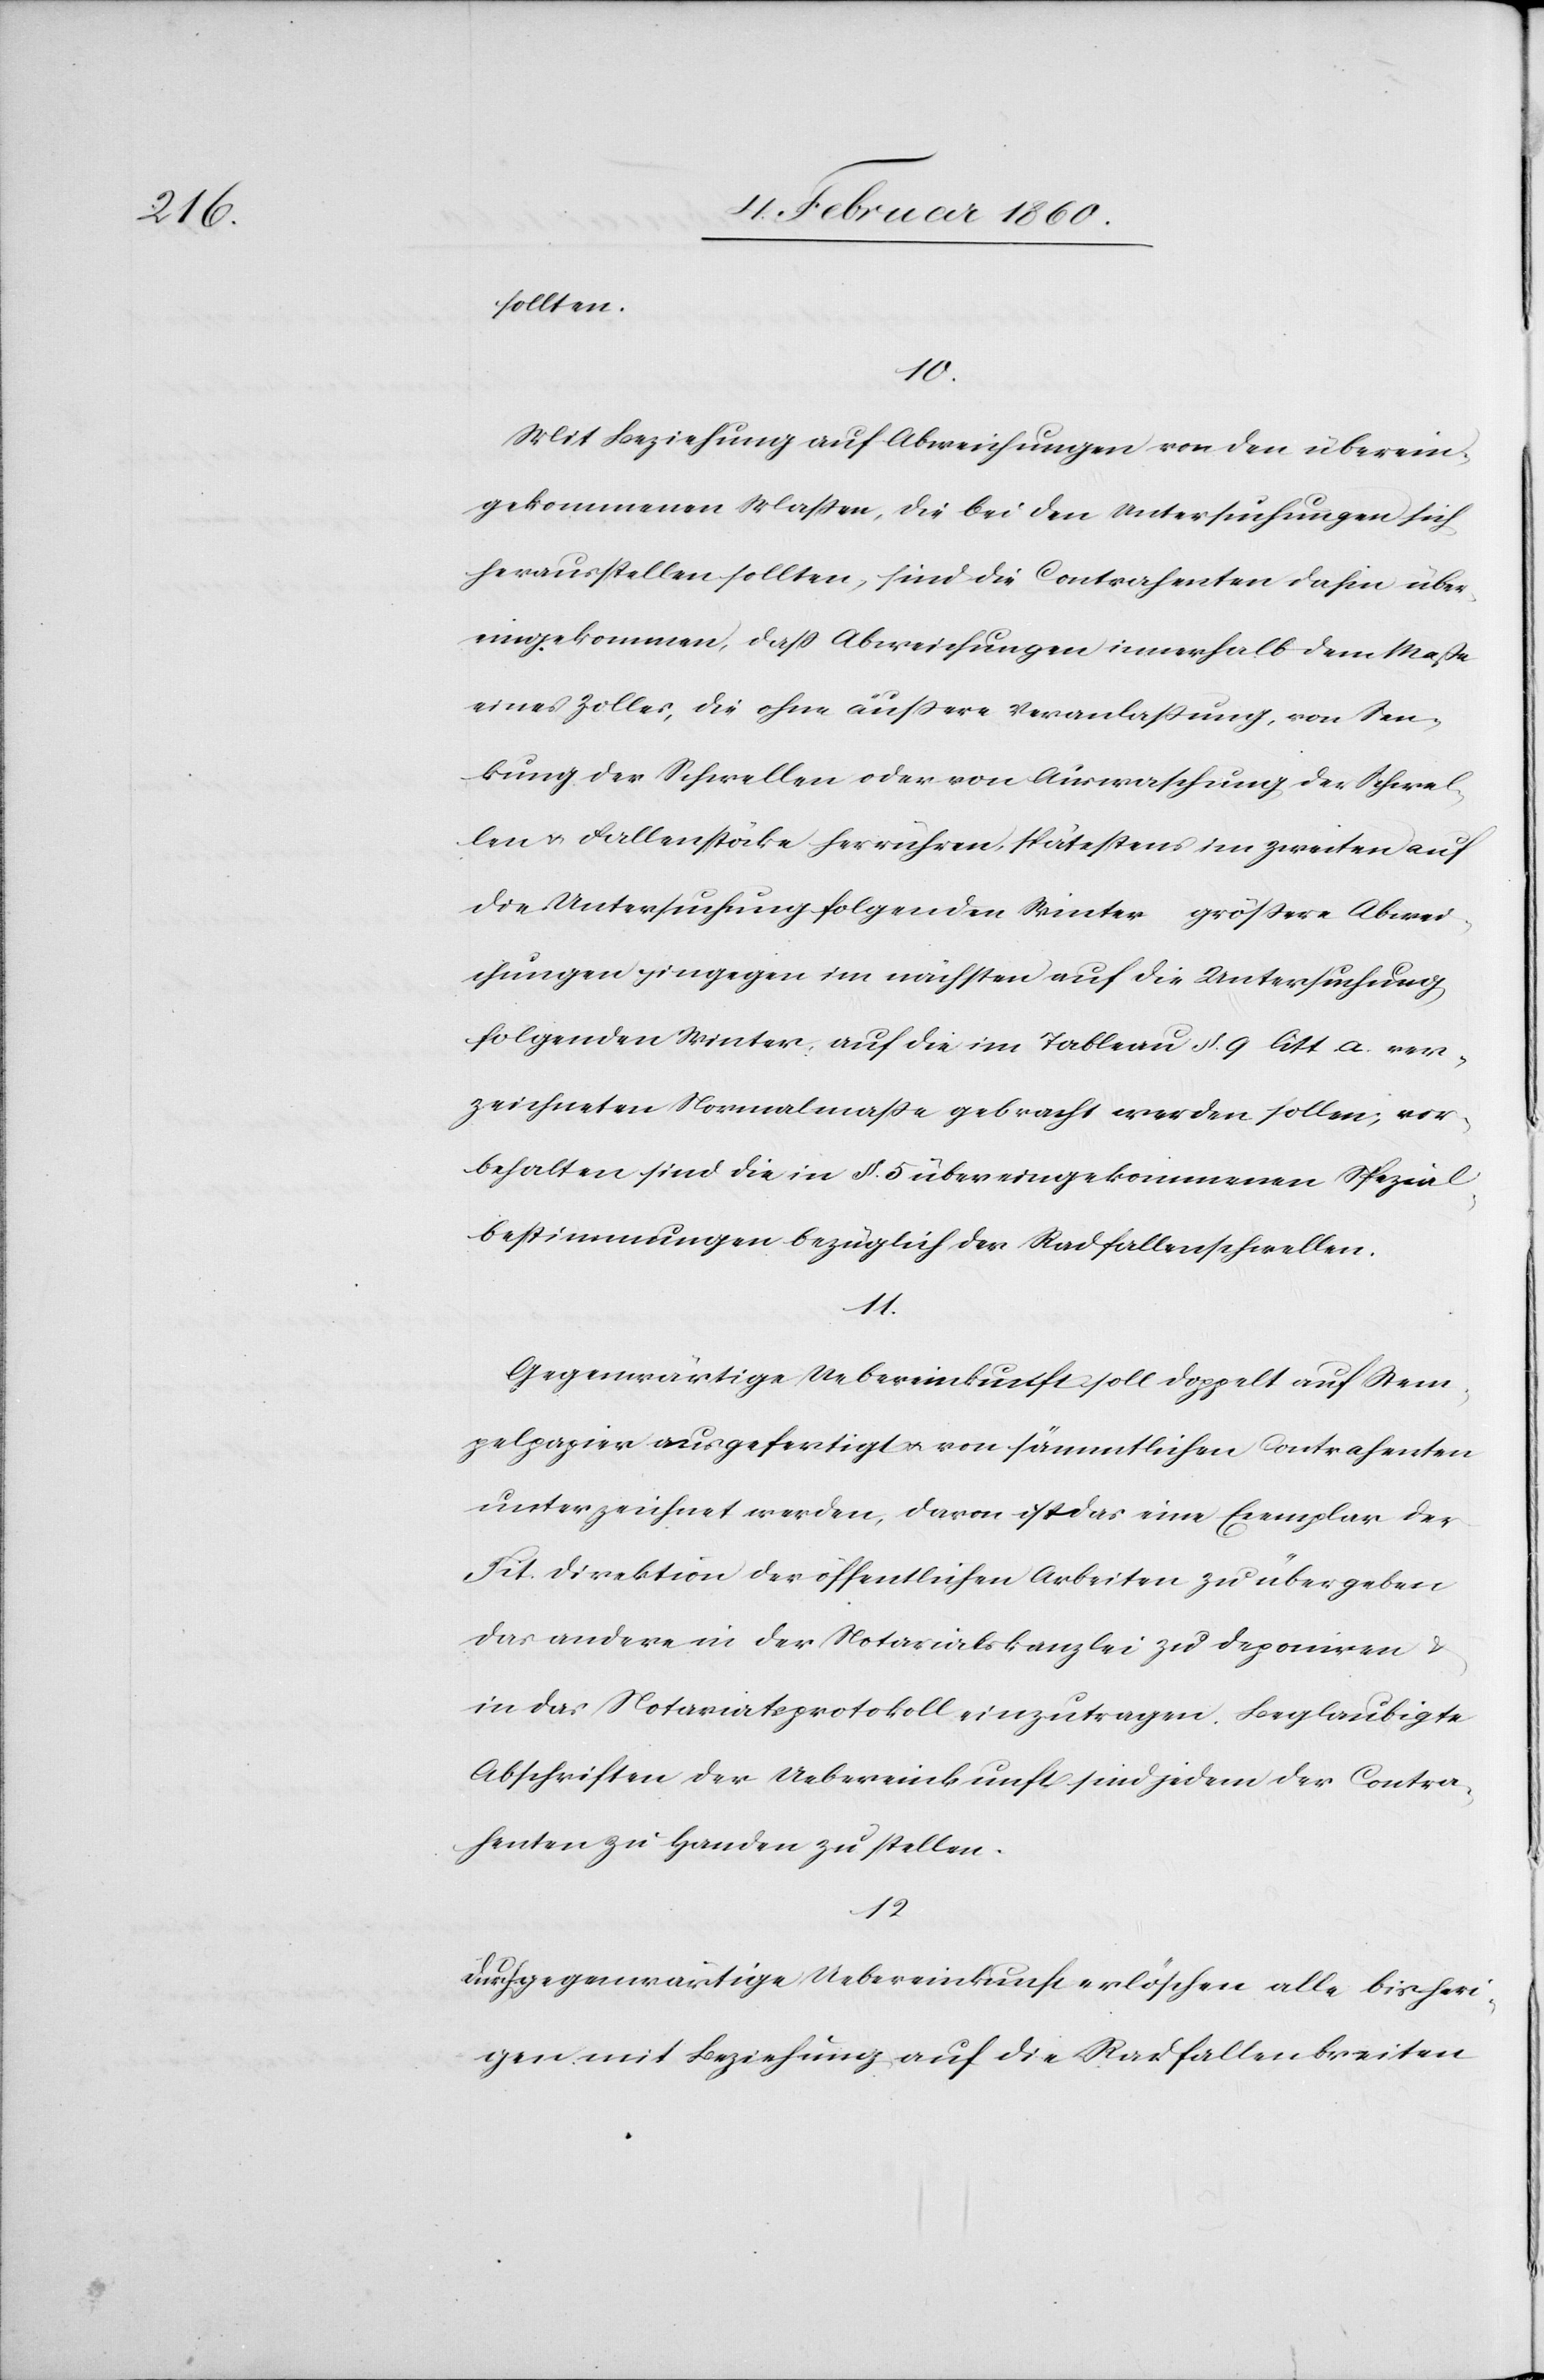
sollen.
10.
Mit Beziehung auf Abweichungen von den überein¬
gekommenen Massen, die bei den Untersuchungen sich
herausstellen sollten, sind die Contrahenten dahin über¬
eingekommen, daß Abweichungen innerhalb dem Masse
eines Zolles, die ohne äußere Veranlassung von Sen¬
kung der Schwellen oder von Auswaschung der Schwel¬
len u. Fallenstöcke herrühren, spätestens im zweiten auf
die Untersuchung folgenden Winter größere Abwei¬
chungen hingegen im nächsten auf die Untersuchung
folgenden Winter auf die im Tableau §. 9. litt. a. ver¬
zeichneten Normalmasse gebracht werden sollen, vor¬
behalten sind die in §. 5. übereingekommenen Spezial¬
bestimmungen bezüglich der Radfallenschwellen.
11.
Gegenwärtige Uebereinkunft soll doppelt auf Stem¬
pelpapier ausgefertigt u. von sämtlichen Contrahenten
unterzeichnet werden, davon ist das eine Exemplar der
Tit. Direktion der öffentlichen Arbeiten zu übergeben
das andere in der Notariatskanzlei zu deponiren u.
in das Notariatsprotokoll einzutragen. Beglaubigte
Abschriften der Uebereinkunft sind jedem der Contra¬
henten zu Handen zu stellen.
12.
Durch gegenwärtige Uebereinkunft erlöschen alle bisheri¬
gen mit Beziehung auf die Radfallenbreiten